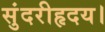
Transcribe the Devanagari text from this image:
सुंदरीहृदय।